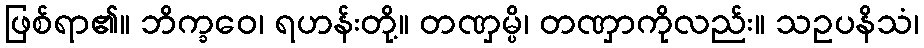
ဖြစ်ရာ၏။ ဘိက္ခဝေ၊ ရဟန်းတို့။ တဏှမ္ပိ၊ တဏှာကိုလည်း။ သဥပနိသံ၊